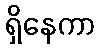
ရှိနေကာ